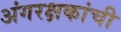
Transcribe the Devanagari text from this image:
अंगरक्षकांची